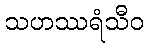
သဟဿရံသီဝ